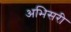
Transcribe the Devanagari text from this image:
अभिसरी